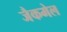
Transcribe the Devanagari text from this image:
जैकमेल